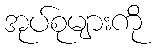
အုပ်စုများကို